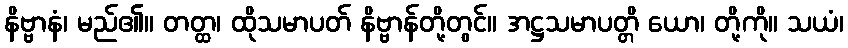
နိဗ္ဗာနံ၊ မည်၏။ တတ္ထ၊ ထိုသမာပတ် နိဗ္ဗာန်တို့တွင်။ အဋ္ဌသမာပတ္တိ ယော၊ တို့ကို။ သယံ၊